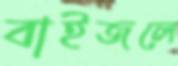
বাইজলে